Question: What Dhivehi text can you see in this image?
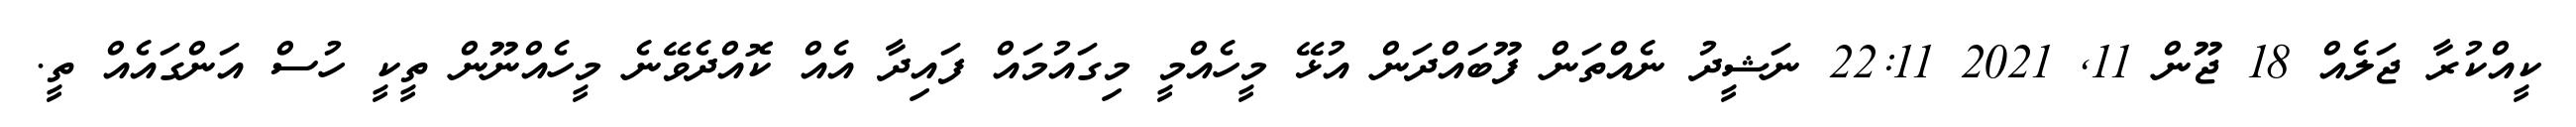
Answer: ކީއްކުރާ ޖަލެއް 18 ޖޫން 11, 2021 22:11 ނަޝީދު ނެއްތަން ފޫބައްދަން އުޅޭ މީހެއްމީ މިގައުމައް ފައިދާ އެއް ކޮއްދެވޭނެ މީހެއްނޫން ތީކީ ހުސް އަންގައެއް ތީ.